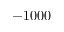
- 1 0 0 0